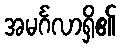
အမင်္ဂလာရှိ၏